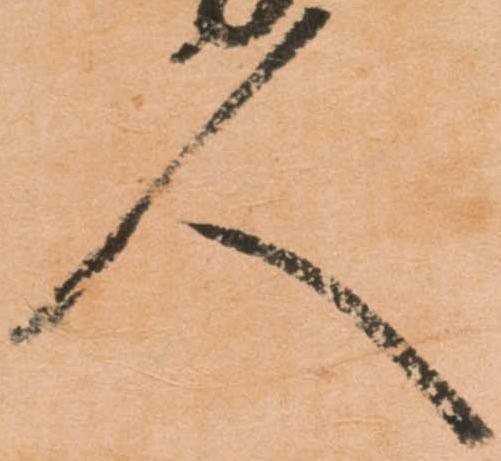
人